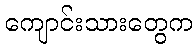
ကျောင်းသားတွေက